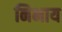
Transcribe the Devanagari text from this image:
निभाय